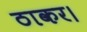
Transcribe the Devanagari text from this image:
ठाकर।